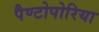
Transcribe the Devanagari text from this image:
पैण्टोपोरिया